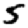
Digit: 5